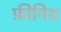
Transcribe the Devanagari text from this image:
फ़ीनिश